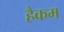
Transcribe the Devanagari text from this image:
हैकम